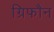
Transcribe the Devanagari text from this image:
ग्रिफौन